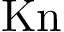
\mathrm { K n }